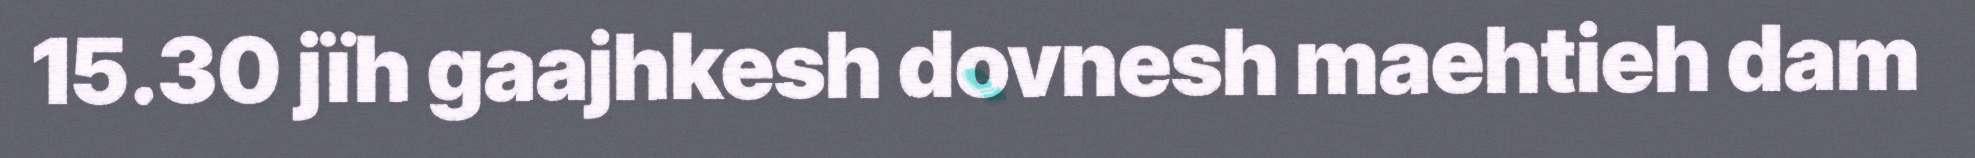
15.30 jïh gaajhkesh dovnesh maehtieh dam